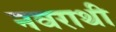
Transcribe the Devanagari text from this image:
नवराथी